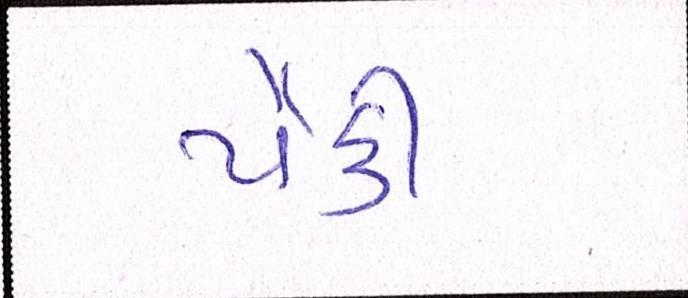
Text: પૈકી